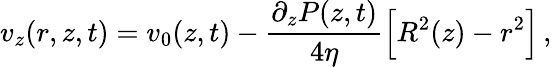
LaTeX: v_{z}(r,z,t)=v_{0}(z,t)-\frac{\partial_{z}P(z,t)}{4\eta}\Big[R^{2}(z)-r^{2}\Big]\, ,